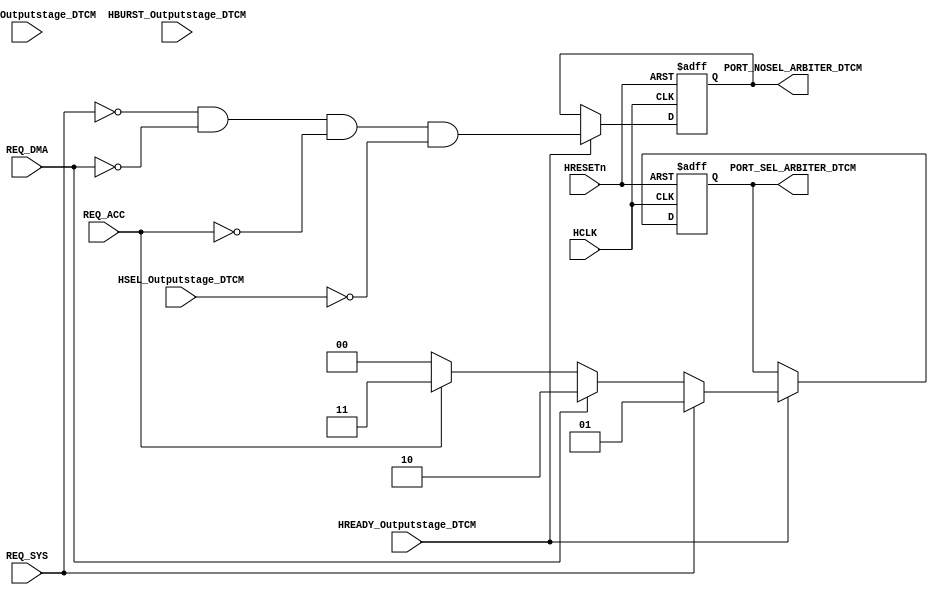
module AHBlite_BusMatrix_Arbiter_DTCM(
    input   HCLK,
    input   HRESETn,
    input   REQ_SYS,
    input   REQ_DMA,
    input   REQ_ACC,
    input   HREADY_Outputstage_DTCM,
    input   HSEL_Outputstage_DTCM,
    input   [1:0]   HTRANS_Outputstage_DTCM,
    input   [2:0]   HBURST_Outputstage_DTCM,
    output  wire [1:0]  PORT_SEL_ARBITER_DTCM,
    output  wire        PORT_NOSEL_ARBITER_DTCM
);

reg noport;
wire    noport_next;

assign noport_next  =   (~REQ_SYS)   &   (~REQ_DMA)    &   (~REQ_ACC)   &   (~HSEL_Outputstage_DTCM);        

reg [1:0] selport;
wire    [1:0] selport_next;

assign  selport_next    =   REQ_SYS   ?   2'b01   :
                            (REQ_DMA  ?   2'b10   :
                            (REQ_ACC  ?   2'b11   : 2'b00));
                        
always@(posedge HCLK or negedge HRESETn) begin
    if(~HRESETn) begin
        noport  <=  1'b1;
        selport <=  2'b00;
    end else if(HREADY_Outputstage_DTCM) begin
        noport  <=  noport_next;
        selport <=  selport_next;
    end
end

assign  PORT_NOSEL_ARBITER_DTCM  =   noport;
assign  PORT_SEL_ARBITER_DTCM    =   selport;

endmodule